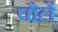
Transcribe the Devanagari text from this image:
पौलें